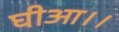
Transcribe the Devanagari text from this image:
घीआ।।